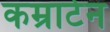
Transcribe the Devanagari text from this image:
कम्राटेन